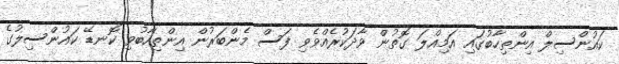
ކައުންސިލް އިންތިހާބުގައި އަމިއްލަ ގޮތުން ވާދަކުރެއްވެވި ފަސް މެންބަރުން އިންތިހާބުވި ކޮނޑޭ ކައުންސިލުގެ